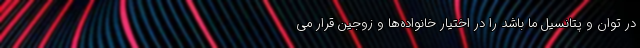
در توان و پتانسیل ما باشد را در اختیار خانواده‌ها و زوجین قرار می